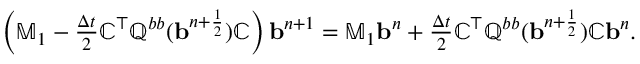
\begin{array} { r } { \left( \mathbb { M } _ { 1 } - \frac { \Delta t } { 2 } \mathbb { C } ^ { \top } \mathbb { Q } ^ { b b } ( { \mathbf b } ^ { n + \frac { 1 } { 2 } } ) \mathbb { C } \right) { \mathbf b } ^ { n + 1 } = \mathbb { M } _ { 1 } { \mathbf b } ^ { n } + \frac { \Delta t } { 2 } \mathbb { C } ^ { \top } \mathbb { Q } ^ { b b } ( { \mathbf b } ^ { n + \frac { 1 } { 2 } } ) \mathbb { C } { \mathbf b } ^ { n } . } \end{array}